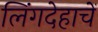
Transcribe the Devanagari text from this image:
लिंगदेहाचें